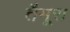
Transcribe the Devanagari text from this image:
तैमूरा